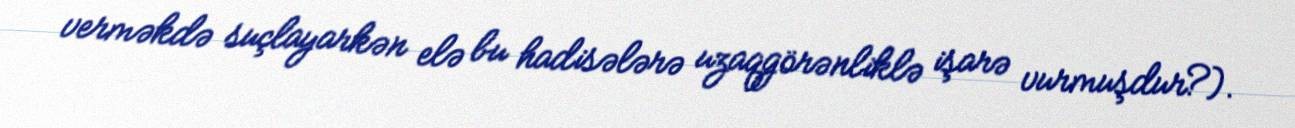
verməkdə suçlayarkən elə bu hadisələrə uzaqgörənliklə işarə vurmuşdur?).